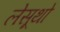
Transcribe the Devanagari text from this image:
लेसूथो